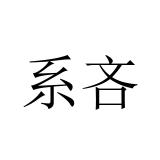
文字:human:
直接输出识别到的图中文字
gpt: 系吝